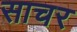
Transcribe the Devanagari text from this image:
साचर